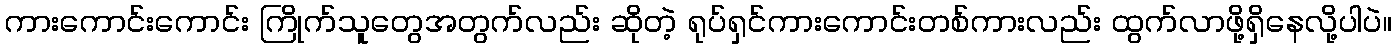
ကားကောင်းကောင်း ကြိုက်သူတွေအတွက်လည်း ဆိုတဲ့ ရုပ်ရှင်ကားကောင်းတစ်ကားလည်း ထွက်လာဖို့ရှိနေလို့ပါပဲ။